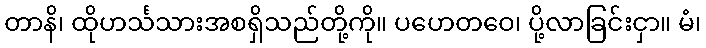
တာနိ၊ ထိုဟင်္သသားအစရှိသည်တို့ကို။ ပဟေတဝေ၊ ပို့လာခြင်းငှာ။ မံ၊